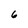
Character: 6